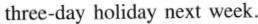
three-day holiday next week.